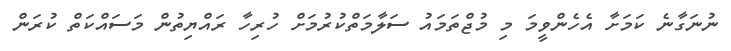
ނުނަގާނެ ކަމަށާ އެހެންވީމަ މި މުޖްތަމައު ސަލާމަތްކުރުމަށް ހުރިހާ ރައްޔިތުން މަސައްކަތް ކުރަން